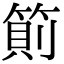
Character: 䈟